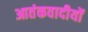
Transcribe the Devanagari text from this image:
आतंकवादीयों